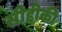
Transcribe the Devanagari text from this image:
सीद्दीकी